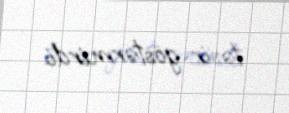
təsir göstərmirdi.